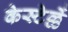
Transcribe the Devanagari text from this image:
केस्टेल्लें